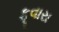
ફૂવારા